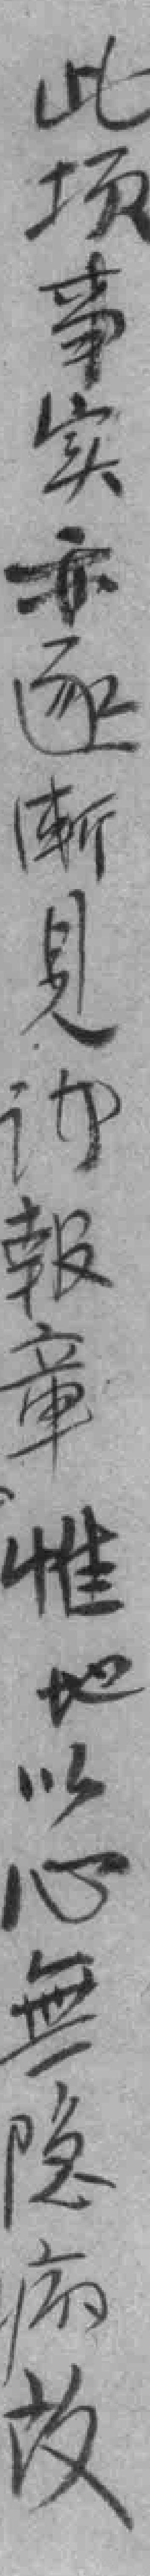
此项事实亦逐漸見*報章惟地以心無隐病故